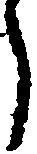
う